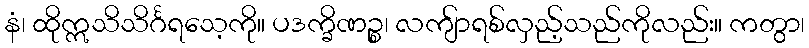
နံ၊ ထိုဣသိသိင်္ဂရသေ့ကို။ ပဒက္ခိဏဉ္စ၊ လကျ်ာရစ်လှည့်သည်ကိုလည်း။ ကတွာ၊